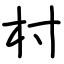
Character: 村